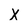
Character: x